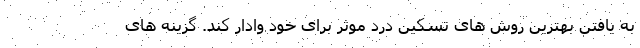
به یافتن بهترین روش های تسکین درد موثر برای خود وادار کند. گزینه های